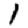
Digit: 1